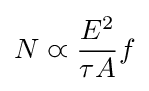
N\varpropto {\frac {E^{2}}{\tau A}}f